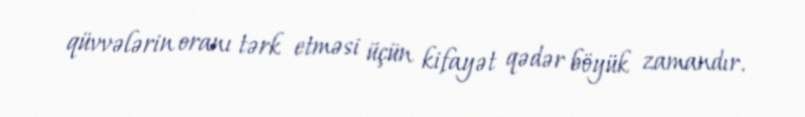
qüvvələrin oranı tərk etməsi üçün kifayət qədər böyük zamandır.